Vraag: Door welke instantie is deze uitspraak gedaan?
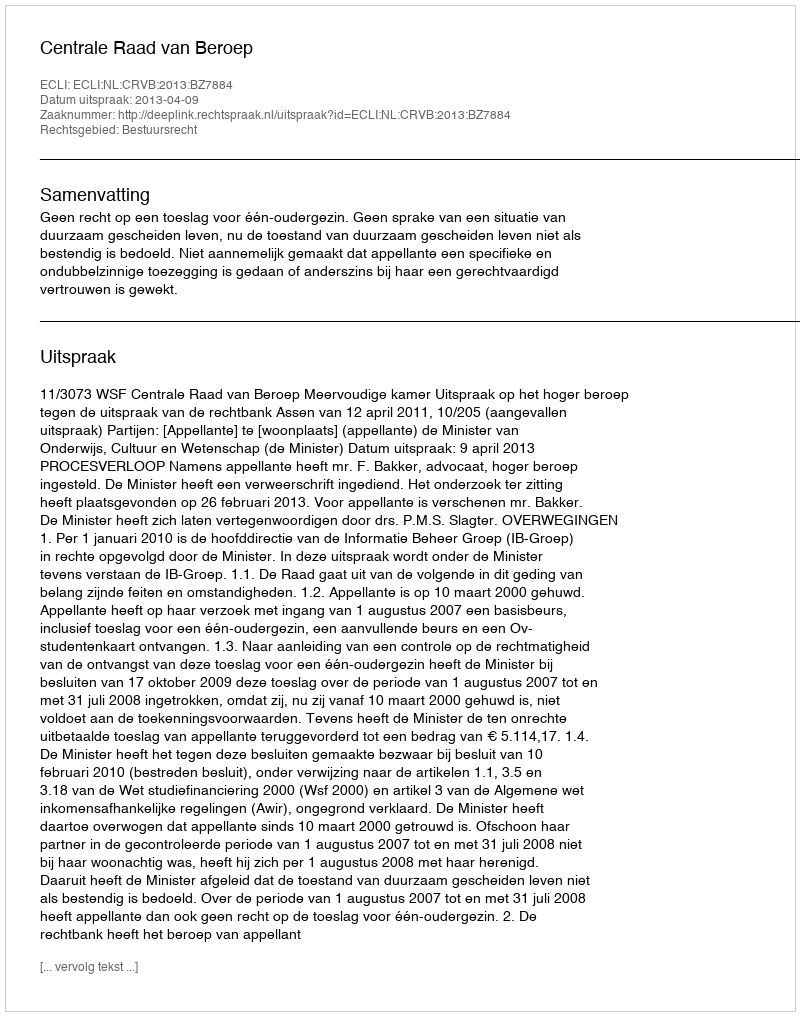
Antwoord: Centrale Raad van Beroep